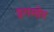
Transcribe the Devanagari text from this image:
इगमोर